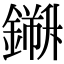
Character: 𨬁